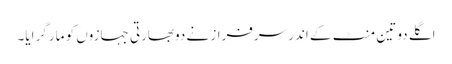
اگلے دو تین منٹ کے اندر سرفراز نے دوبھارتی جہازوں کو مار گرایا۔